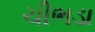
ચીભડા